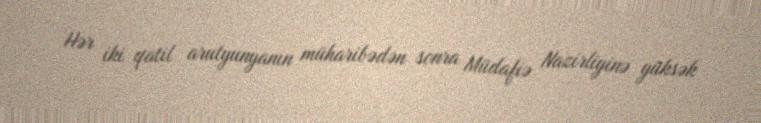
Hər iki qatil arutyunyanın müharibədən sonra Müdafiə Nazirliyinə yüksək